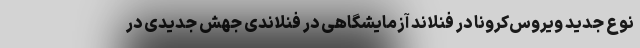
نوع جدید ویروس‌کرونا در فنلاند آزمایشگاهی در فنلاندی جهش جدیدی در